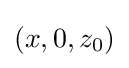
(x,0,z_{0})